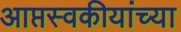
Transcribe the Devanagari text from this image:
आप्तस्वकीयांच्या